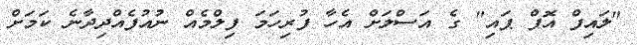
"ލައިފް އޮފް ޕައި" ގެ އަސްލަށް އެހާ ފުރިހަމަ ފިލްމެއް ނުއުފެއްދިދާނެ ކަމަށް